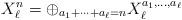
LaTeX: \begin{align*}X_\ell^n=\oplus_{a_1+\dots+a_\ell=n}X_\ell^{a_1,\dots,a_\ell}\end{align*}